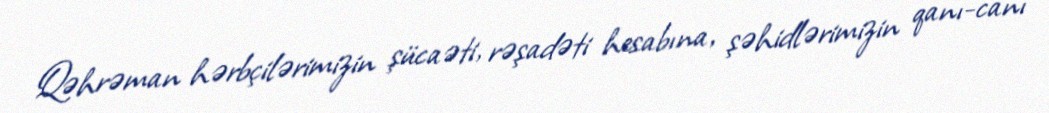
Qəhrəman hərbçilərimizin şücaəti, rəşadəti hesabına, şəhidlərimizin qanı-canı